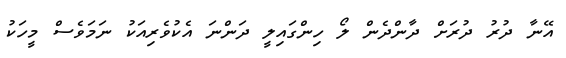
އޭނާ ދުރު ދުރަށް ދާންދެން ލޯ ހިންގައިލީ ދަންނަ އެކުވެރިއަކު ނަމަވެސް މީހަކު